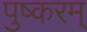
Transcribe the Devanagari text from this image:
पुष्करम्‌